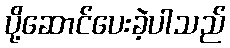
ပို့ဆောင်ပေးခဲ့ပါသည်